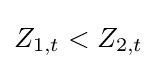
Z_{1,t}<Z_{2,t}